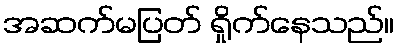
အဆက်မပြတ် ရှိုက်နေသည်။